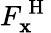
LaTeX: F_{\mathbf{x}}^{\mathrm{{~H~}}}